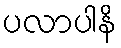
ပလာပါနိ